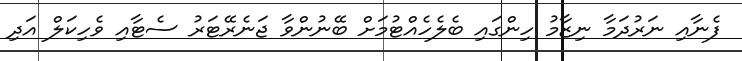
ފެނާއި ނަރުދަމާ ނިޒާމު ހިންގައި ބެލެހެއްޓުމަށް ބޭނުންވާ ޖަނެރޭޓަރު ސެޓާއި ވެހިކަލް އަދި